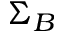
\Sigma _ { B }